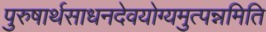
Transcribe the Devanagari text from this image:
पुरुषार्थसाधनदेवयोग्यमुत्पन्नमिति